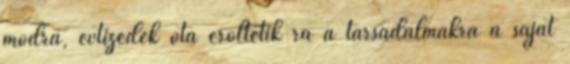
módra, évtizedek óta erőltetik rá a társadalmakra a saját